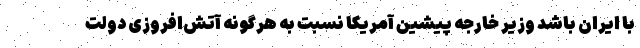
با ایران باشد وزیر خارجه پیشین آمریکا نسبت به هرگونه آتش‌افروزی دولت